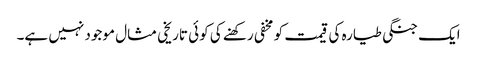
ایک جنگی طیارہ کی قیمت کو مخفی رکھنے کی کوئی تاریخی مثال موجود نہیں ہے۔